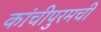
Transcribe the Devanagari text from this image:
कांचीपुरमची